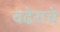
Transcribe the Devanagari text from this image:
वढेराचे